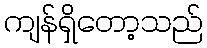
ကျန်ရှိတော့သည်